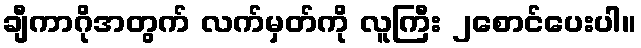
ချီကာဂိုအတွက် လက်မှတ်ကို လူကြီး ၂စောင်ပေးပါ။